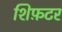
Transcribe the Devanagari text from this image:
शिफ़टर